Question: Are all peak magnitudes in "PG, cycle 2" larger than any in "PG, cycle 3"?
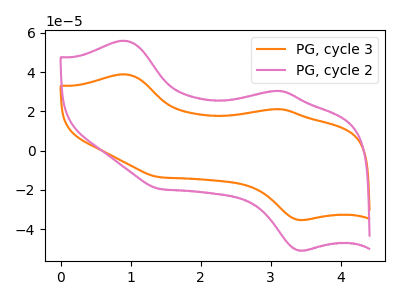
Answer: <think>The orange curve "PG, cycle 3" has anodic peaks at (0.90V, 38.85uA) (3.10V, 21.10uA) and cathodic peaks at (3.40V, -35.30uA) (1.40V, -13.50uA). The pink curve "PG, cycle 2" has anodic peaks at (0.90V, 55.90uA) (3.10V, 30.40uA) and cathodic peaks at (3.40V, -50.80uA) (1.40V, -19.45uA).</think>
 <answer>Every peak in "PG, cycle 2" is higher than every peak in "PG, cycle 3".</answer>
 <eval>higher</eval>